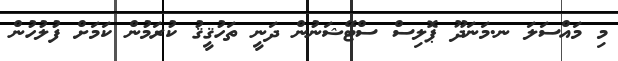
މި މައްސަލަ ނ.މަނަދޫ ޕޮލިސް ސްޓޭޝަނުން ދަނީ ތަހުޤީޤު ކުރަމުން ކަމަށް ފުލުހުން